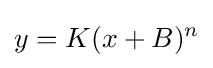
y=K(x+B)^{n}